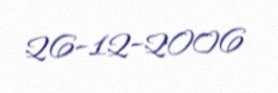
26-12-2006